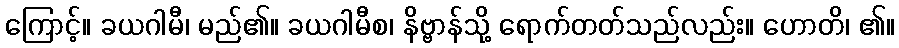
ကြောင့်။ ခယဂါမီ၊ မည်၏။ ခယဂါမီစ၊ နိဗ္ဗာန်သို့ ရောက်တတ်သည်လည်း။ ဟောတိ၊ ၏။